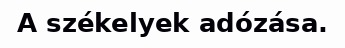
A székelyek adózása.